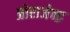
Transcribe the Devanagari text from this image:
प्रोराजेन्द्र